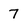
Character: 7